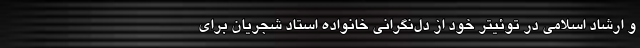
و ارشاد اسلامی در توئیتر خود از دل‌نگرانی خانواده استاد شجریان برای